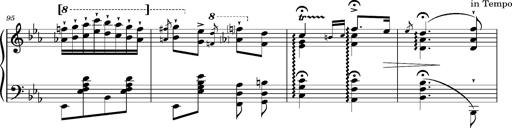
Title: Magyar rapszÃ³diÃ¡k
Composer: Franz Liszt